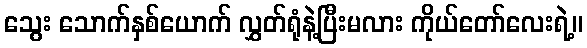
သွေး သောက်နှစ်ယောက် လွှတ်ရုံနဲ့ပြီးမလား ကိုယ်တော်လေးရဲ့။